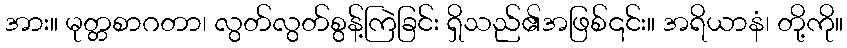
အား။ မုတ္တစာဂတာ၊ လွတ်လွတ်စွန့်ကြဲခြင်း ရှိသည်၏အဖြစ်၎င်း။ အရိယာနံ၊ တို့ကို။